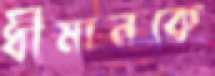
ধীমানকে